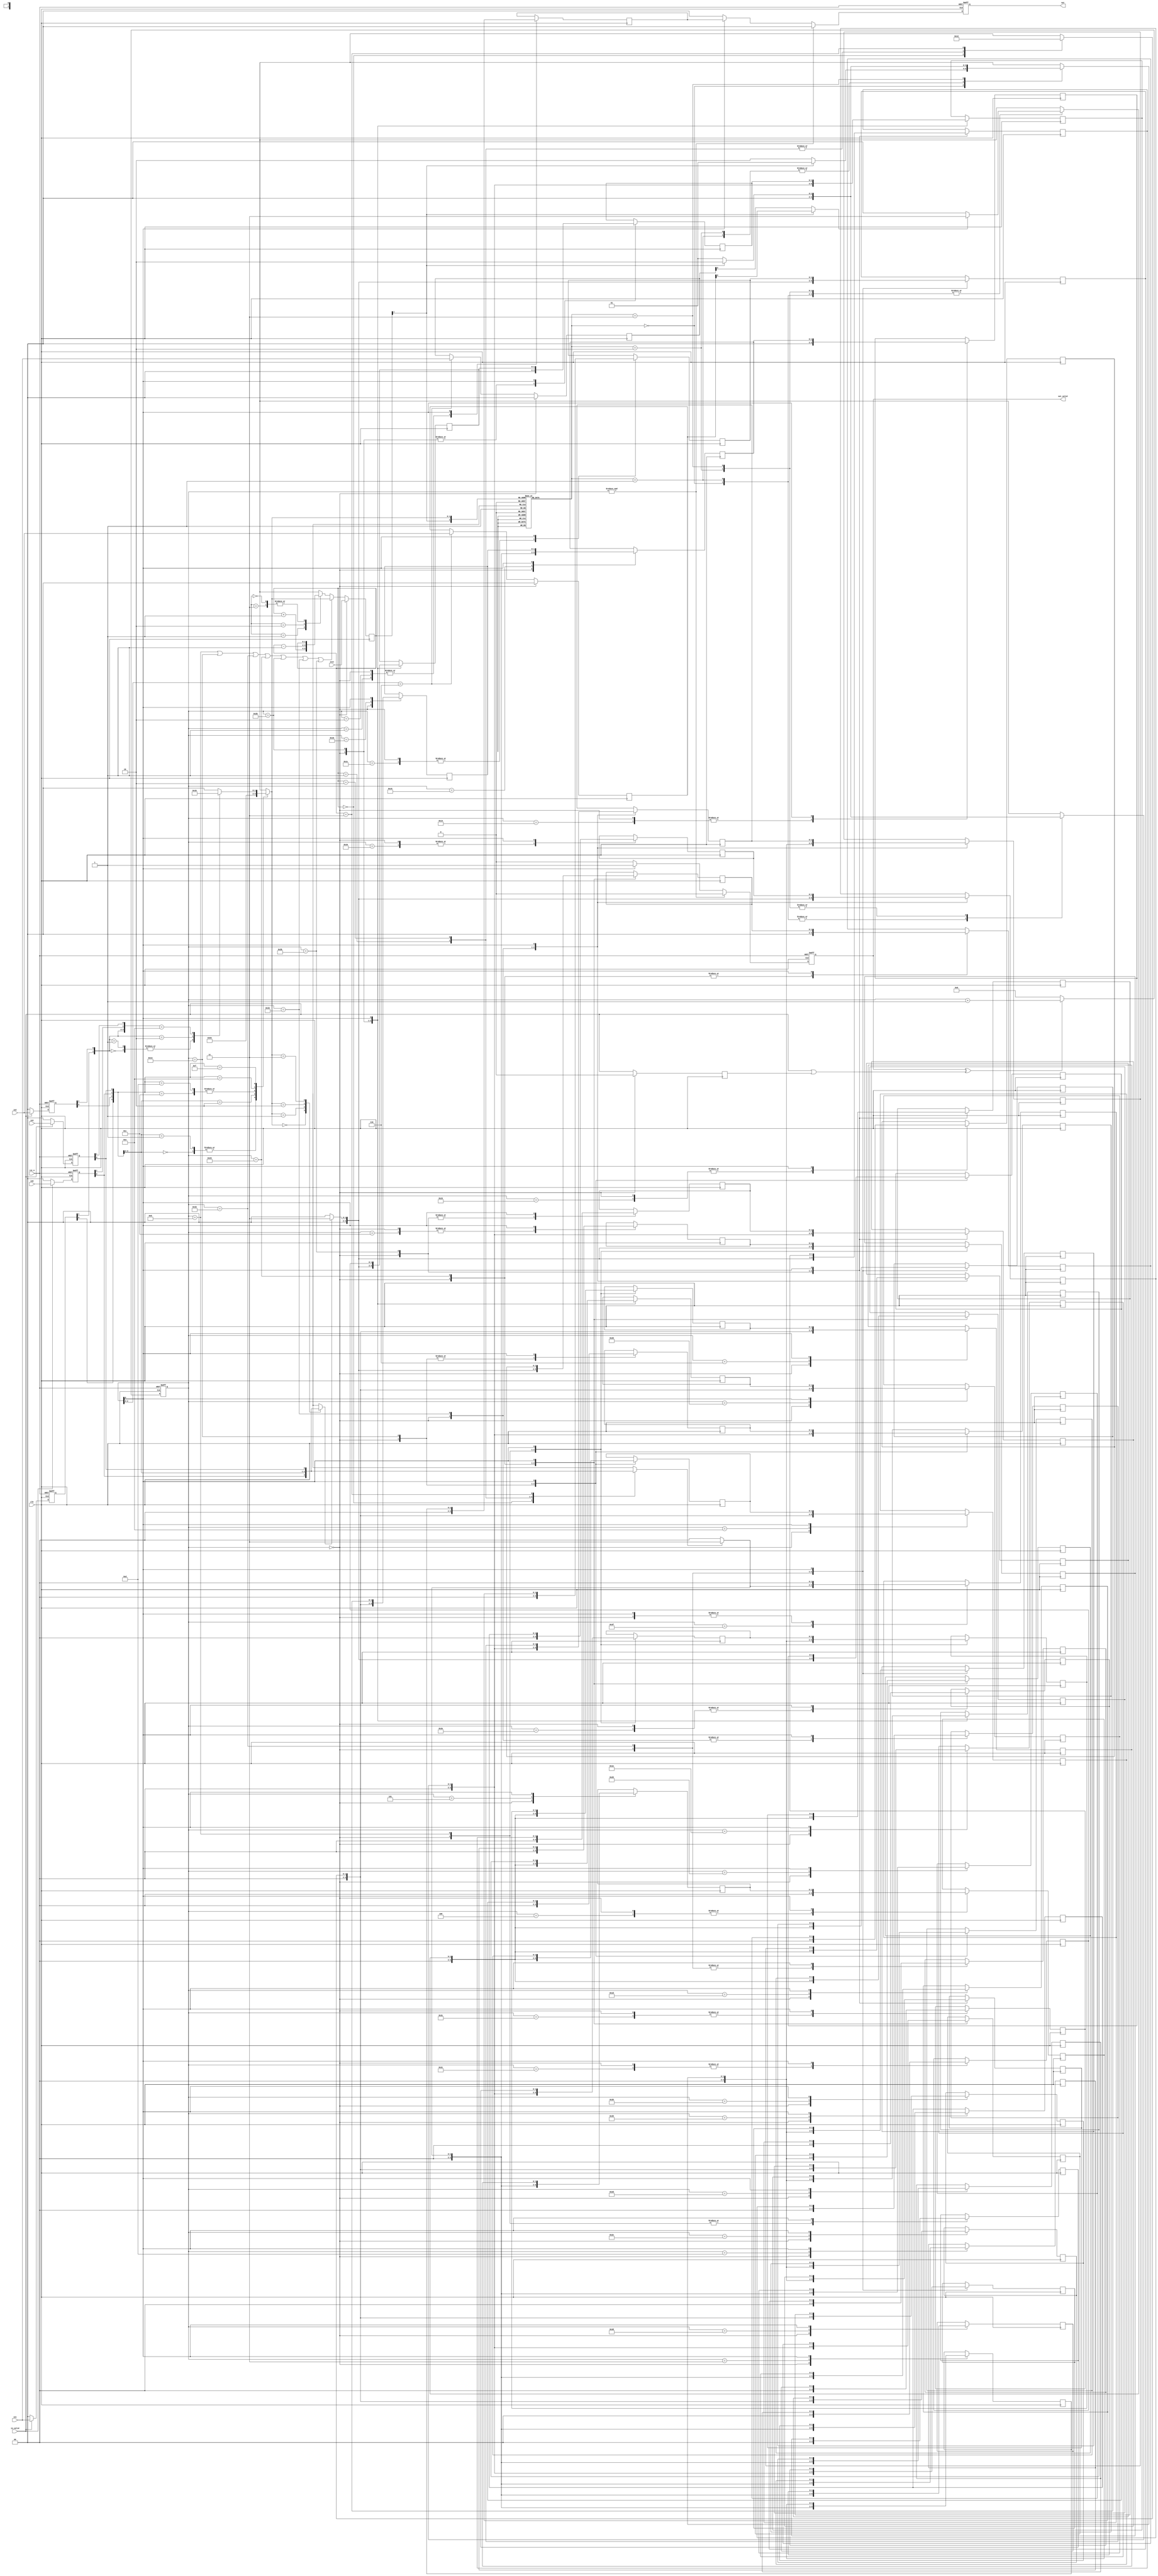
module SUBWAY(
    //Input Port
    clk,
    rst_n,
    in_valid,
    init,
    in0,
    in1,
    in2,
    in3,
    //Output Port
    out_valid,
    out
);


input clk, rst_n;
input in_valid;
input [1:0] init;
input [1:0] in0, in1, in2, in3; 
output reg       out_valid;
output reg [1:0] out;



//==============================================//
//       parameter & integer declaration        //
//==============================================//
integer i, j;
parameter Left = 2'b10,
        Right = 2'b01,
        Forward = 2'b00,
        Jump = 2'b11;

//==============================================//
//           reg & wire declaration             //
//==============================================//
wire [1:0] in_put [3:0];
reg input_valid_delay;

reg [1:0] input_state_reg [3:0];

reg [6:0] cnt;
wire [1:0] cnt_condition;
wire [6:0] cnt_comb;
reg [1:0] ans [61:0];

reg [1:0] track_use;
wire [1:0] track_l_comb, track_r_comb;
reg [1:0] next_move,  next_move_m;

wire [1:0] next_move_t, next_move_p;


reg [1:0] part_dst, part_dst_router;
wire [1:0] direction_0, direction_1;
wire [1:0]  point1to2, point2to1;//,point0to3, point3to0,;

reg [1:0] temp_6col [1:0];
reg [1:0] next_move_6to9 [2:0];
wire refresh_track_condition;

//==============================================//
//                  design                      //
//==============================================//

//----------------------------------------------//
//          Output ctr                          //
//----------------------------------------------//
always@(posedge clk or negedge rst_n)begin
    if(~rst_n)              out_valid <= 'b0;
    else if((&(cnt))) out_valid <= 'b0;
    else if(cnt[6]=='b1)    out_valid <= 'b1;
    else                    out_valid <= 'b0;
end
always@(posedge clk or negedge rst_n)begin
    if(~rst_n)              out <= 'b0;
    else if((&(cnt))) out <= 'b0;
    else if(cnt[6]=='b1)    out <= ans[0];
    else                    out <= 'b0;
end
always@(posedge clk)begin
    if(cnt=='d0)  input_valid_delay <= 'd0;
    else        input_valid_delay <= in_valid;
end

//----------------------------------------------//
//          Counter ctr                         //
//----------------------------------------------//
assign cnt_condition ={(in_valid|input_valid_delay), out_valid};
assign  cnt_comb = cnt + 'd1;
always@(posedge clk or negedge rst_n)begin
    if(~rst_n)              cnt <= 'b0;
    else
        if(cnt_condition[0]^cnt_condition[1])   cnt <= cnt_comb;
        else                                    cnt <= 'b0;
        /*
        case(cnt_condition)
            2'b00,:  cnt <= 'b0;
            2'b01,2'b10:  cnt <= cnt_comb;
            2'b11:  cnt <= cnt;             
            default:    cnt <= cnt;
        endcase
        */
end
//----------------------------------------------//
//          Track trace                         //
//----------------------------------------------//
assign track_l_comb = track_use -'d1;
assign track_r_comb = track_use +'d1;
assign refresh_track_condition =    (cnt=='d11)|(cnt=='d19)|(cnt=='d27)|(cnt=='d35)|(cnt=='d43)|(cnt=='d51)|(cnt=='d59);//(cnt[2:0]==3'b011)&(|(cnt[5:3]));//

always@(posedge clk)begin
if(cnt=='d0)   track_use <= init;
    else if(refresh_track_condition)   track_use <= part_dst;
    else
        case(next_move)
            2'd1:       track_use <= track_r_comb;
            2'd2:       track_use <= track_l_comb;
            2'd0, 2'd3: track_use <= track_use;
            default:    track_use <= track_use;
        endcase
end
//----------------------------------------------//
//          Input Wire                          //
//----------------------------------------------//
assign in_put[0] = in0;
assign in_put[1] = in1;
assign in_put[2] = in2;
assign in_put[3] = in3;
//----------------------------------------------//
//          Input Buffer                        //
//----------------------------------------------//

genvar k;
generate
    for(k=0;k<'d4;k=k+1)begin
        always@(posedge clk or negedge rst_n)begin
            if(~rst_n)  input_state_reg[k] <= 'b0;
            else if(in_valid)
                        input_state_reg[k] <= in_put[k];
            else        input_state_reg[k] <= 'b0;
        end
    end             
endgenerate



//----------------------------------------------//
//          Partial Dst Selection               //
//----------------------------------------------//
always@(*)begin
    casex({input_state_reg[1][0],input_state_reg[2][0],input_state_reg[0][0],input_state_reg[3][0]})
                4'b00xx:    /*if(track_use[1])    part_dst = 'd2;
                                    else                part_dst = 'd1;*/
                            part_dst = 'd1;
                4'b01xx:    part_dst = 'd1;
                4'b10xx:    part_dst = 'd2;
                4'b1100:    /*if(track_use[1])    part_dst = 'd3;
                                    else                part_dst = 'd0;*/
                            part_dst ='d0;
                4'b1101:    part_dst = 'd0;
                4'b1110:    part_dst = 'd3;
                4'b1111:
                        casex({input_state_reg[1][1],input_state_reg[2][1],input_state_reg[0][1],input_state_reg[3][1]})
                        4'b00xx:    /*if(track_use[1])    part_dst = 'd2;
                                    else                part_dst = 'd1;*/
                                    part_dst = 'd1;
                        4'b01xx:    part_dst = 'd1;
                        4'b10xx:    part_dst = 'd2;
                        4'b1100:    /*if(track_use[1])    part_dst = 'd3;
                                    else                part_dst = 'd0;*/
                                    part_dst ='d0;
                        4'b1101:    part_dst = 'd0;
                        4'b1110:    part_dst = 'd3;

                        default:    part_dst = 'd0;
                        endcase
                default:    part_dst = 'd0;
        endcase
end
//----------------------------------------------//
//          Next move for 6th to 9th col        //
//----------------------------------------------//
always@*begin
    case({track_use[1],part_dst})
    3'b000, 3'b111: part_dst_router = 2'd0;
    3'b001, 3'b110: part_dst_router = 2'd1;
    3'b010, 3'b101: part_dst_router = 2'd2;
    3'b011, 3'b100: part_dst_router = 2'd3;
    default: part_dst_router = 2'd0;
    endcase
end

assign direction_0 = (track_use[1])?Left:Right;
assign direction_1 = (track_use[1])?Right:Left;
assign point1to2 = (track_use[1])?temp_6col[0]:temp_6col[1];
assign point2to1 = (track_use[1])?temp_6col[1]:temp_6col[0];
//assign point1to2 = (track_use[1])?temp_6col[1]:temp_6col[2];
//assign point2to1 = (track_use[1])?temp_6col[2]:temp_6col[1];
//assign point3to0 = (track_use[1])?temp_6col[3]:temp_6col[0];
//assign point0to3 = (track_use[1])?temp_6col[0]:temp_6col[3];

always@*begin
    case(part_dst_router)
    2'd0:begin
        /*
        case({(~(|(point3to0))),point2to1[0]})

            2'b10,2'b11: begin
                next_move_6to9[2] = direction_1;
                next_move_6to9[1] = Forward;
                next_move_6to9[0] = Forward;
            end
            2'b01:begin
                next_move_6to9[2] = Jump;
                next_move_6to9[1] = direction_1;
                next_move_6to9[0] = Forward;
            end

            2'b00:begin
                next_move_6to9[2] = Forward;
                next_move_6to9[1] = Forward;
                next_move_6to9[0] = direction_1;
            end
            default:begin
                next_move_6to9[2] = Forward;
                next_move_6to9[1] = Forward;
                next_move_6to9[0] = direction_1;
            end
        endcase
*/

/*
        if(~(|(point3to0)))begin
            next_move_6to9[2] = direction_1;
            next_move_6to9[1] = Forward;
            next_move_6to9[0] = Forward;
        end
        else if (point2to1[0]) begin
            next_move_6to9[2] = Jump;
            next_move_6to9[1] = direction_1;
            next_move_6to9[0] = Forward;
        end
        else begin
            next_move_6to9[2] = Forward;
            next_move_6to9[1] = Forward;
            next_move_6to9[0] = direction_1;
        end
  */    
        next_move_6to9[1] = direction_1;
        next_move_6to9[0] = Forward;
        if (point2to1[0])   next_move_6to9[2] = Jump;
        else                next_move_6to9[2] = Forward;
    end
    2'd1:begin
            next_move_6to9[1] = Forward;
            next_move_6to9[0] = Forward;
        if (point2to1[0])   next_move_6to9[2] = Jump;
        else                next_move_6to9[2] = Forward;
    end
    2'd2:begin
        /*
        if(point1to2=='b0)begin
            next_move_6to9[2] = direction_0;
            next_move_6to9[1] = Forward;
            next_move_6to9[0] = Forward;
        end
        else if (point3to0=='b0) begin
            next_move_6to9[2] = direction_1;
            next_move_6to9[1] = direction_0;
            next_move_6to9[0] = direction_0;
        end
        else begin
            */
            if(point2to1[0]) next_move_6to9[2] = Jump;
            else             next_move_6to9[2] =Forward;
            next_move_6to9[1] = Forward;
            next_move_6to9[0] = direction_0;
        //end
    end
    2'd3:begin
        next_move_6to9[1] = direction_0;
        /*if(point1to2=='b0)begin
            next_move_6to9[2] = direction_0;
            next_move_6to9[0] = Forward;
        end
        else if (point2to1[0]) begin
            next_move_6to9[2] = Jump;
            next_move_6to9[0] = direction_0;
        end
        else begin
            next_move_6to9[2] = Forward;
            next_move_6to9[0] = direction_0;
        end*/
         next_move_6to9[0] = direction_0;
        if (point2to1[0])   next_move_6to9[2] = Jump;
        else                next_move_6to9[2] = Forward;
    end
    default:begin
        next_move_6to9[2] = Forward;
        next_move_6to9[1] = Forward;
        next_move_6to9[0] = Forward;
    end
    endcase
end

//----------------------------------------------//
//          Next move ctr                       //
//----------------------------------------------//
/*
always@(*)begin

if((cnt=='d3)|(cnt=='d63))begin
    if(input_state_reg[track_use][0])       next_move = 'd3;                      //2
    else                                    next_move = 'd0;
end
else if(cnt<'d62)begin
    case(cnt[2:0])
    3'b011:
        if(input_state_reg[part_dst][0])      next_move = 'd3;                      //2
        else                                  next_move = 'd0;
    3'b101:begin
        if(input_state_reg[track_use][0])     next_move = 'd3;                      //2
        else                                  next_move = 'd0;
    end
    3'b110:       
        case(track_use)
        2'b00:      next_move = 2'd1;
        2'b01:      next_move = 2'd0;
        2'b10:      next_move = 2'd0;
        2'b11:      next_move = 2'd2;
        default:    next_move = 2'd0;
        endcase
    3'b000, 3'b001, 3'b010, 3'b100, 3'b111:
        next_move = 2'd0;

    default: next_move = 2'd0;
    endcase
    end
else next_move = 2'd0;
end

*/

/*
always@(*)begin
case(cnt[5:0])
//6'd0, 6'd1, 6'd2, 6'd4, 6'd7, 6'd8, 6'd9, 6'd10, 6'd12, 6'd15, 6'd16, 6'd:
//    next_move = 2'd0;                                     
6'd3, 6'd5, 6'd13, 6'd21, 6'd29, 6'd37, 6'd45, 6'd53, 6'd61 , 6'd63:
        if(input_state_reg[track_use][0])     next_move = 'd3;                      //2
        else                                   next_move = 'd0;
6'd11, 6'd19, 6'd27, 6'd35, 6'd43, 6'd51, 6'd59:
        if(input_state_reg[part_dst][0])     next_move = 'd3;                      //2
        else                                   next_move = 'd0;

6'd6, 6'd14, 6'd22, 6'd30, 6'd38, 6'd46, 6'd54:
       case(track_use)
        2'b00:      next_move = 2'd1;
        2'b01:      next_move = 2'd0;
        2'b10:      next_move = 2'd0;
        2'b11:      next_move = 2'd2;
        default:    next_move = 2'd0;
        endcase

default: next_move = 2'd0;
endcase
end
*/
assign next_move_t = (input_state_reg[track_use][0])? 'd3:'d0;
assign next_move_p = (input_state_reg[part_dst][0])? 'd3:'d0;

always@*begin
    case(track_use)
        2'b00:      next_move_m = 2'd1;
        2'b01:      next_move_m = 2'd0;
        2'b10:      next_move_m = 2'd0;
        2'b11:      next_move_m = 2'd2;
        default:    next_move_m = 2'd0;
        endcase
end




//----------------------------------------------//
//          answer reg ctr                      //
//----------------------------------------------//
/*
always@(posedge clk or negedge rst_n)begin
    if(~rst_n)begin



        temp_6col[0] <= 'd0;
        temp_6col[1] <= 'd0; 
        temp_6col[2] <= 'd0; 
        temp_6col[3] <= 'd0;
    end
    else begin
        if(cnt[2:0]=='d6)begin
            temp_6col[0] <= in0; 
            temp_6col[1] <= in1; 
            temp_6col[2] <= in2; 
            temp_6col[3] <= in3;
        end
        else begin
            temp_6col[0] <= temp_6col[0]; 
            temp_6col[1] <= temp_6col[1]; 
            temp_6col[2] <= temp_6col[2]; 
            temp_6col[3] <= temp_6col[3];
        end
    end
end
*/
always@(posedge clk)begin
    if(cnt=='d0)begin
        temp_6col[0] <= 'd0;
        temp_6col[1] <= 'd0; 
    end
    else begin
        if(cnt[2:0]=='d6)begin
            temp_6col[0] <= in1; 
            temp_6col[1] <= in2; 
        end
        else begin
            temp_6col[0] <= temp_6col[0]; 
            temp_6col[1] <= temp_6col[1]; 
        end
    end
end


/*
always@(posedge clk or negedge rst_n)begin
    if(~rst_n)begin
        for(i = 0;i<'d62;i=i+'d1)
            ans[i] <= 'b0;
    end 
    else begin


        casex(cnt)
        //0
            7'd0:begin
                for(i = 0;i<'d62;i=i+'d1)
                    ans[i] <= 'b0;
            end
            7'd1:   ans[0] <= 'b0;    //inputstart from 1 to 64        //output from 65 to 127 //No use
            7'd2:   ans[0] <= 'b0;//next_move;//1     //0
            7'd3:   ans[1] <= next_move_t;    //2     //zj
            7'd4:   ans[2] <= 'b0;//next_move;//3     //0
            7'd5:   ans[3] <= next_move_t;    //4     //zj
            7'd6:   ans[4] <= next_move_m;    //5     //d
            7'd7,7'd8,7'd9,7'd10:   
                for(i = 0;i<'d62;i=i+'d1)
                    ans[i] <= ans[i];
            7'd11:  begin
                    ans[5] <= next_move_6to9[2]; //6
                    ans[6] <= next_move_6to9[1]; //7
                    ans[7] <= next_move_6to9[0]; //0
                    ans[8] <= 'b0;//next_move;//1
                    ans[9] <= next_move_p;         //2
            end
        //1
            7'd12:  ans[10] <= 'b0;//next_move;//3
            7'd13:  ans[11] <= next_move_t;        //4
            7'd14:  ans[12] <= next_move_m;        //5
            7'd15,7'd16,7'd17,7'd18:   
                for(i = 0;i<'d62;i=i+'d1)
                    ans[i] <= ans[i];
            7'd19:  begin
                    ans[13] <= next_move_6to9[2]; //6
                    ans[14] <= next_move_6to9[1]; //7
                    ans[15] <= next_move_6to9[0]; //0
                    ans[16] <= 'b0;//next_move;//1
                    ans[17] <= next_move_p;         //2
            end
        //2
            7'd20:  ans[18] <= 'b0;//next_move;//3
            7'd21:  ans[19] <= next_move_t;         //4
            7'd22:  ans[20] <= next_move_m;         //5
            7'd23,7'd24,7'd25,7'd26:   
                for(i = 0;i<'d62;i=i+'d1)
                    ans[i] <= ans[i];
            7'd27:  begin
                    ans[21] <= next_move_6to9[2]; //6
                    ans[22] <= next_move_6to9[1]; //7
                    ans[23] <= next_move_6to9[0]; //0
                    ans[24] <= 'b0;//next_move;//1
                    ans[25] <= next_move_p;         //2
            end
        //3
            7'd28:  ans[26] <= 'b0;//next_move;//3
            7'd29:  ans[27] <= next_move_t;         //4
            7'd30:  ans[28] <= next_move_m;         //5
            7'd31,7'd32,7'd33,7'd34:   
                for(i = 0;i<'d62;i=i+'d1)
                    ans[i] <= ans[i];
            7'd35:  begin
                    ans[29] <= next_move_6to9[2]; //6
                    ans[30] <= next_move_6to9[1]; //7
                    ans[31] <= next_move_6to9[0]; //0
                    ans[32] <= 'b0;//next_move;//1
                    ans[33] <= next_move_p;         //2
            end
        //4
            7'd36:  ans[34] <= 'b0;//next_move;//3
            7'd37:  ans[35] <= next_move_t;         //4
            7'd38:  ans[36] <= next_move_m;         //5
            7'd39,7'd40,7'd41,7'd42:   
                for(i = 0;i<'d62;i=i+'d1)
                    ans[i] <= ans[i];
            7'd43:  begin
                    ans[37] <= next_move_6to9[2]; //6
                    ans[38] <= next_move_6to9[1]; //7
                    ans[39] <= next_move_6to9[0]; //0
                    ans[40] <= 'b0;//next_move;//1
                    ans[41] <= next_move_p;         //2
            end
        //5
            7'd44:  ans[42] <= 'b0;//next_move;//3
            7'd45:  ans[43] <= next_move_t;         //4
            7'd46:  ans[44] <= next_move_m;         //5
            7'd47,7'd48,7'd49,7'd50:   
                for(i = 0;i<'d62;i=i+'d1)
                    ans[i] <= ans[i];
            7'd51:  begin
                    ans[45] <= next_move_6to9[2]; //6
                    ans[46] <= next_move_6to9[1]; //7
                    ans[47] <= next_move_6to9[0]; //0
                    ans[48] <= 'b0;//next_move;//1
                    ans[49] <= next_move_p;         //2
            end
        //6
            7'd52:  ans[50] <= 'b0;//next_move;//3
            7'd53:  ans[51] <= next_move_t;         //4
            7'd54:  ans[52] <= next_move_m;         //5
      
            7'd55,7'd56,7'd57,7'd58:   
                for(i = 0;i<'d62;i=i+'d1)
                    ans[i] <= ans[i];
            7'd59:  begin
                    ans[53] <= next_move_6to9[2]; //6
                    ans[54] <= next_move_6to9[1]; //7
                    ans[55] <= next_move_6to9[0]; //0
                    ans[56] <= 'b0;//next_move;//1
                    ans[57] <= next_move_p;         //2
            end
        //7
            7'd60:  ans[58] <= 'b0;//next_move;//3
            7'd61:  ans[59] <= next_move_t;         //4
            7'd62:  ans[60] <= 'b0;//next_move;//5
            7'd63:  ans[61] <= next_move_t; //6
            7'b1xx_xxxx:  begin
                    ans[61] <= 'd0; //7
                    for(j='d0;j<'d61;j=j+1)
                        ans[j]<=ans[j+'d1];
            end
            default: 
                for(i = 0;i<'d62;i=i+'d1)
                    ans[i] <= ans[i];
        endcase
    end
end
*/


always@(posedge clk)begin

        casex(cnt)
        //0
            7'd0:begin
                for(i = 0;i<'d62;i=i+'d1)
                    ans[i] <= 'b0;
            end
            7'd1:   ans[0] <= 'b0;    //inputstart from 1 to 64        //output from 65 to 127 //No use
            7'd2:   ans[0] <= 'b0;//next_move;//1     //0
            7'd3:   ans[1] <= next_move_t;    //2     //zj
            7'd4:   ans[2] <= 'b0;//next_move;//3     //0
            7'd5:   ans[3] <= next_move_t;    //4     //zj
            7'd6:   ans[4] <= next_move_m;    //5     //d
            7'd7,7'd8,7'd9,7'd10:   
                for(i = 0;i<'d62;i=i+'d1)
                    ans[i] <= ans[i];
            7'd11:  begin
                    ans[5] <= next_move_6to9[2]; //6
                    ans[6] <= next_move_6to9[1]; //7
                    ans[7] <= next_move_6to9[0]; //0
                    ans[8] <= 'b0;//next_move;//1
                    ans[9] <= next_move_p;         //2
            end
        //1
            7'd12:  ans[10] <= 'b0;//next_move;//3
            7'd13:  ans[11] <= next_move_t;        //4
            7'd14:  ans[12] <= next_move_m;        //5
            7'd15,7'd16,7'd17,7'd18:   
                for(i = 0;i<'d62;i=i+'d1)
                    ans[i] <= ans[i];
            7'd19:  begin
                    ans[13] <= next_move_6to9[2]; //6
                    ans[14] <= next_move_6to9[1]; //7
                    ans[15] <= next_move_6to9[0]; //0
                    ans[16] <= 'b0;//next_move;//1
                    ans[17] <= next_move_p;         //2
            end
        //2
            7'd20:  ans[18] <= 'b0;//next_move;//3
            7'd21:  ans[19] <= next_move_t;         //4
            7'd22:  ans[20] <= next_move_m;         //5
            7'd23,7'd24,7'd25,7'd26:   
                for(i = 0;i<'d62;i=i+'d1)
                    ans[i] <= ans[i];
            7'd27:  begin
                    ans[21] <= next_move_6to9[2]; //6
                    ans[22] <= next_move_6to9[1]; //7
                    ans[23] <= next_move_6to9[0]; //0
                    ans[24] <= 'b0;//next_move;//1
                    ans[25] <= next_move_p;         //2
            end
        //3
            7'd28:  ans[26] <= 'b0;//next_move;//3
            7'd29:  ans[27] <= next_move_t;         //4
            7'd30:  ans[28] <= next_move_m;         //5
            7'd31,7'd32,7'd33,7'd34:   
                for(i = 0;i<'d62;i=i+'d1)
                    ans[i] <= ans[i];
            7'd35:  begin
                    ans[29] <= next_move_6to9[2]; //6
                    ans[30] <= next_move_6to9[1]; //7
                    ans[31] <= next_move_6to9[0]; //0
                    ans[32] <= 'b0;//next_move;//1
                    ans[33] <= next_move_p;         //2
            end
        //4
            7'd36:  ans[34] <= 'b0;//next_move;//3
            7'd37:  ans[35] <= next_move_t;         //4
            7'd38:  ans[36] <= next_move_m;         //5
            7'd39,7'd40,7'd41,7'd42:   
                for(i = 0;i<'d62;i=i+'d1)
                    ans[i] <= ans[i];
            7'd43:  begin
                    ans[37] <= next_move_6to9[2]; //6
                    ans[38] <= next_move_6to9[1]; //7
                    ans[39] <= next_move_6to9[0]; //0
                    ans[40] <= 'b0;//next_move;//1
                    ans[41] <= next_move_p;         //2
            end
        //5
            7'd44:  ans[42] <= 'b0;//next_move;//3
            7'd45:  ans[43] <= next_move_t;         //4
            7'd46:  ans[44] <= next_move_m;         //5
            7'd47,7'd48,7'd49,7'd50:   
                for(i = 0;i<'d62;i=i+'d1)
                    ans[i] <= ans[i];
            7'd51:  begin
                    ans[45] <= next_move_6to9[2]; //6
                    ans[46] <= next_move_6to9[1]; //7
                    ans[47] <= next_move_6to9[0]; //0
                    ans[48] <= 'b0;//next_move;//1
                    ans[49] <= next_move_p;         //2
            end
        //6
            7'd52:  ans[50] <= 'b0;//next_move;//3
            7'd53:  ans[51] <= next_move_t;         //4
            7'd54:  ans[52] <= next_move_m;         //5
      
            7'd55,7'd56,7'd57,7'd58:   
                for(i = 0;i<'d62;i=i+'d1)
                    ans[i] <= ans[i];
            7'd59:  begin
                    ans[53] <= next_move_6to9[2]; //6
                    ans[54] <= next_move_6to9[1]; //7
                    ans[55] <= next_move_6to9[0]; //0
                    ans[56] <= 'b0;//next_move;//1
                    ans[57] <= next_move_p;         //2
            end
        //7
            7'd60:  ans[58] <= 'b0;//next_move;//3
            7'd61:  ans[59] <= next_move_t;         //4
            7'd62:  ans[60] <= 'b0;//next_move;//5
            7'd63:  ans[61] <= next_move_t; //6
            7'b1xx_xxxx:  begin
                    ans[61] <= 'd0; //7
                    for(j='d0;j<'d61;j=j+1)
                        ans[j]<=ans[j+'d1];
            end
            default: 
                for(i = 0;i<'d62;i=i+'d1)
                    ans[i] <= ans[i];
        endcase

end
endmodule